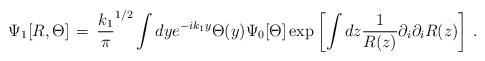
LaTeX: \begin{align*}\Psi_1 [R, \Theta ]\, =\, {k_1\over \pi}^{1/2} \int dy e^{-ik_1 y} \Theta (y) \Psi_0 [\Theta ] \exp \left[\int dz {1\over R(z)} \partial_i \partial_i R(z) \right]\, .\end{align*}